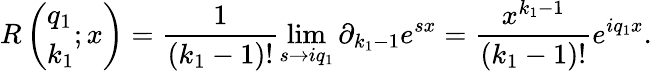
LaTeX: R\left(\begin{array}{l}{q_{1}}\\ {k_{1}}\end{array};x\right)=\frac{1}{(k_{1}-1)!}\operatorname*{lim}_{s\to iq_{1}}\partial_{k_{1}-1}e^{sx}=\frac{x^{k_{1}-1}}{(k_{1}-1)!}e^{iq_{1}x}.